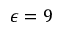
\epsilon = 9